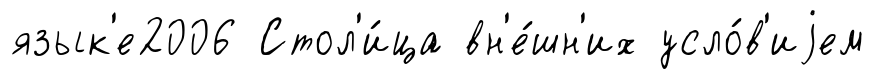
язык'е2006 Стол'и́ца вн'е́шн'их усло́в'иjем